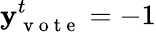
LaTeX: \mathbf{y}_{\mathrm{{~v~o~t~e~}}}^{t}=-1